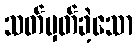
သတ်မှတ်ခဲ့သော